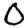
Digit: 0